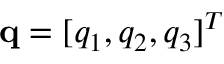
\mathbf { q } = [ q _ { 1 } , q _ { 2 } , q _ { 3 } ] ^ { T }